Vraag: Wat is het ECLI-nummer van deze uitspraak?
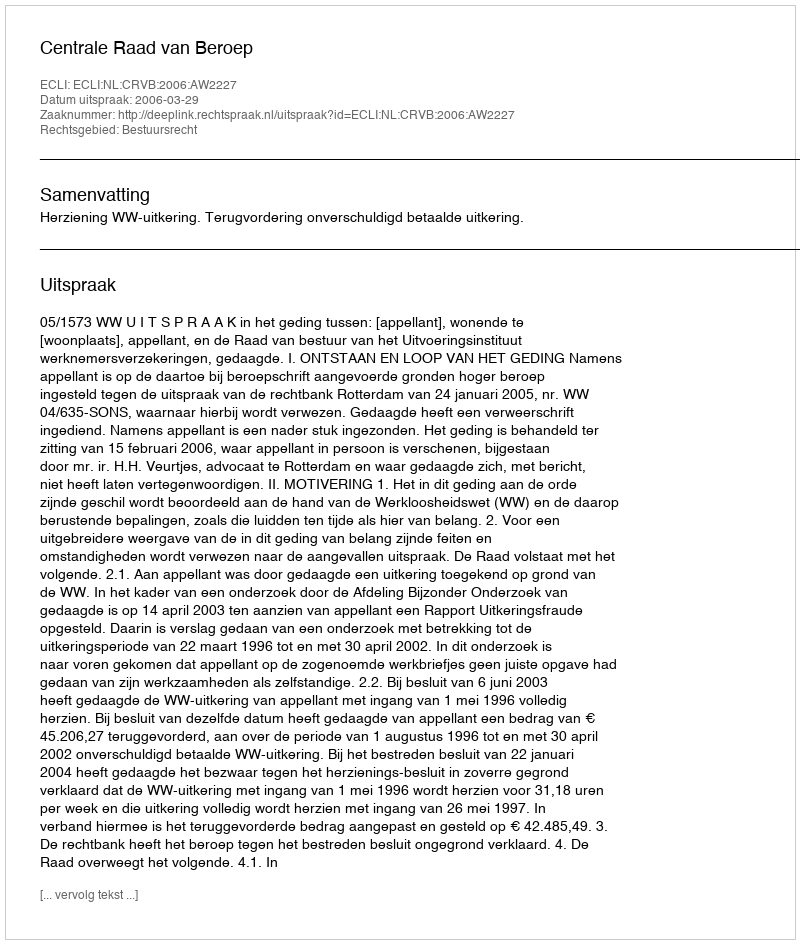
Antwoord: ECLI:NL:CRVB:2006:AW2227